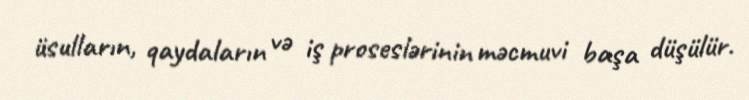
üsulların, qaydaların və iş proseslərinin məcmuvi başa düşülür.